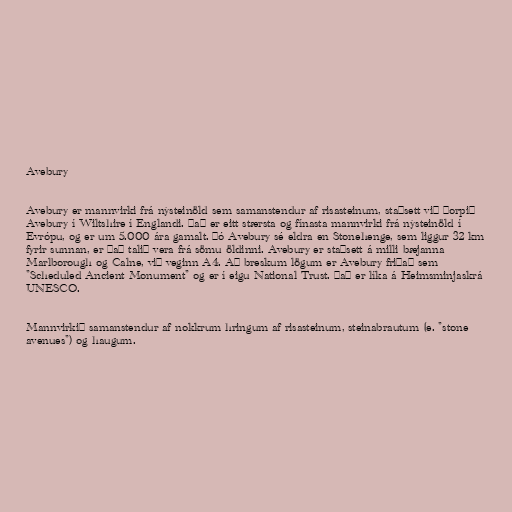
Avebury

Avebury er mannvirki frá nýsteinöld sem samanstendur af risasteinum, staðsett við þorpið
Avebury í Wiltshire í Englandi. Það er eitt stærsta og fínasta mannvirki frá nýsteinöld í
Evrópu, og er um 5.000 ára gamalt. Þó Avebury sé eldra en Stonehenge, sem liggur 32 km
fyrir sunnan, er það talið vera frá sömu öldinni. Avebury er staðsett á milli bæjanna
Marlborough og Calne, við veginn A4. Að breskum lögum er Avebury friðað sem
"Scheduled Ancient Monument" og er í eigu National Trust. Það er líka á Heimsminjaskrá
UNESCO.

Mannvirkið samanstendur af nokkrum hringum af risasteinum, steinabrautum (e. "stone
avenues") og haugum.